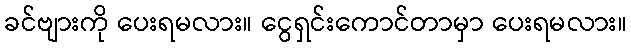
ခင်ဗျားကို ပေးရမလား။ ငွေရှင်းကောင်တာမှာ ပေးရမလား။